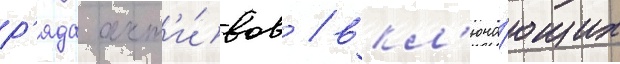
р'яда акт'и́вов / вкл'юча́ющих